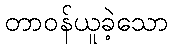
တာဝန်ယူခဲ့သော